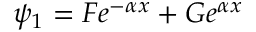
\psi _ { 1 } = F e ^ { - \alpha x } + G e ^ { \alpha x } \,